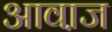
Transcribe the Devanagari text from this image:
आवा़ज